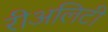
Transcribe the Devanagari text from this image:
रीअलिटी